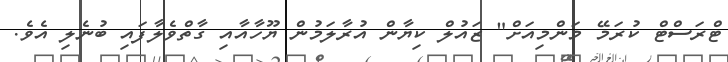
ޓްރަސްޓް ކުރަމޭ މަންމިއަށް" ޒައުލް ކިޔާން އުރާލަމުން ޔޫހާއާއި ގާތްވެލާފައި ބުނެލި އެވެ.